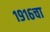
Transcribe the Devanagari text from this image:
१९१६चा